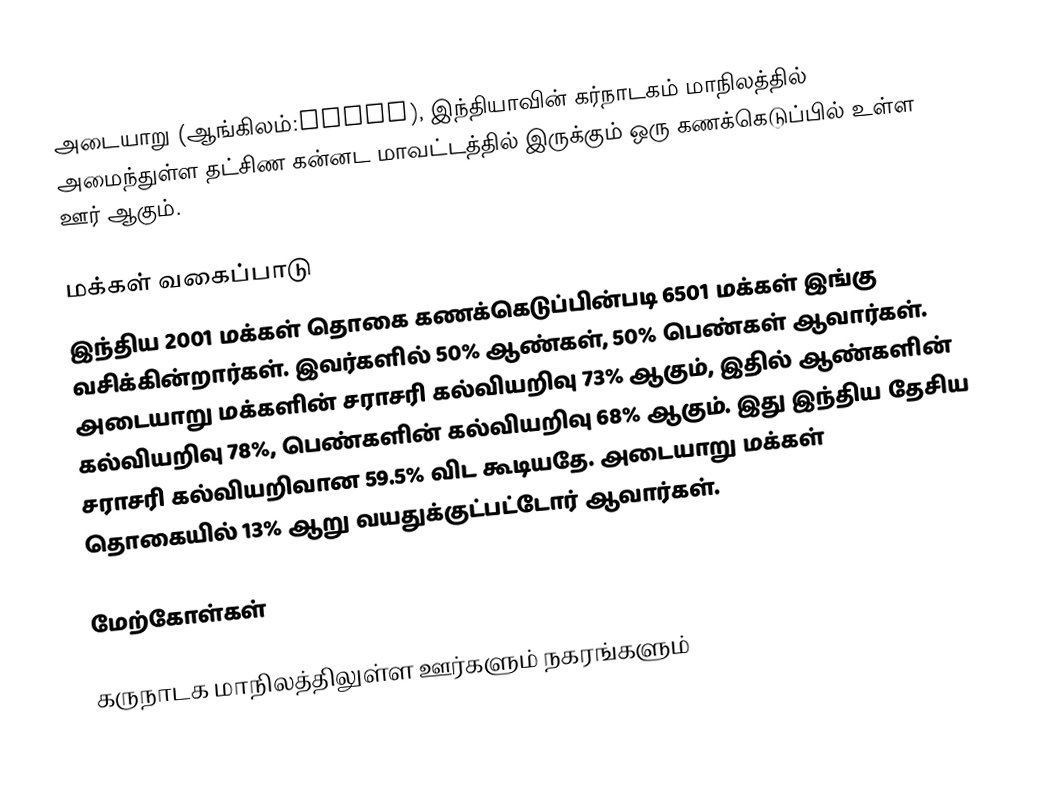
அடையாறு (ஆங்கிலம்:Adyar), இந்தியாவின் கர்நாடகம் மாநிலத்தில் அமைந்துள்ள தட்சிண கன்னட மாவட்டத்தில் இருக்கும் ஒரு கணக்கெடுப்பில் உள்ள ஊர்  ஆகும்.

மக்கள் வகைப்பாடு
இந்திய 2001 மக்கள் தொகை கணக்கெடுப்பின்படி 6501 மக்கள் இங்கு வசிக்கின்றார்கள். இவர்களில் 50% ஆண்கள், 50% பெண்கள் ஆவார்கள். அடையாறு மக்களின் சராசரி கல்வியறிவு 73% ஆகும்,  இதில் ஆண்களின் கல்வியறிவு 78%,  பெண்களின் கல்வியறிவு 68% ஆகும். இது இந்திய தேசிய சராசரி கல்வியறிவான 59.5% விட கூடியதே. அடையாறு மக்கள் தொகையில் 13%  ஆறு வயதுக்குட்பட்டோர் ஆவார்கள்.

மேற்கோள்கள்

கருநாடக மாநிலத்திலுள்ள ஊர்களும் நகரங்களும்